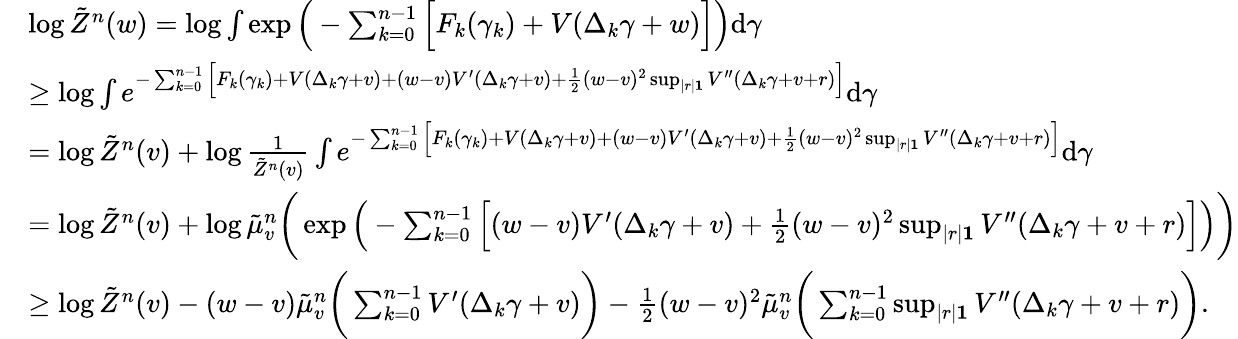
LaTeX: \begin{array}{rl}&{\log\tilde{Z}^{n}(w)=\log\int\exp\Big(-\sum_{k=0}^{n-1}\Big[F_{k}(\gamma_{k})+V(\Delta_{k}\gamma+w)\Big]\Big)\mathrm{d}{\gamma}}\\ &{\ge\log\int e^{-\sum_{k=0}^{n-1}\Big[F_{k}(\gamma_{k})+V(\Delta_{k}\gamma+v)+(w-v)V^{\prime}(\Delta_{k}\gamma+v)+\frac{1}{2}(w-v)^{2}\operatorname*{sup}_{|r|\le 1}V^{\prime\prime}(\Delta_{k}\gamma+v+r)\Big]}\mathrm{d}{\gamma}}\\ &{=\log\tilde{Z}^{n}(v)+\log\frac{1}{\tilde{Z}^{n}(v)}\int e^{-\sum_{k=0}^{n-1}\Big[F_{k}(\gamma_{k})+V(\Delta_{k}\gamma+v)+(w-v)V^{\prime}(\Delta_{k}\gamma+v)+\frac{1}{2}(w-v)^{2}\operatorname*{sup}_{|r|\le 1}V^{\prime\prime}(\Delta_{k}\gamma+v+r)\Big]}\mathrm{d}{\gamma}}\\ &{=\log\tilde{Z}^{n}(v)+\log\tilde{\mu}_{v}^{n}\bigg(\exp\Big(-\sum_{k=0}^{n-1}\Big[(w-v)V^{\prime}(\Delta_{k}\gamma+v)+\frac{1}{2}(w-v)^{2}\operatorname*{sup}_{|r|\le 1}V^{\prime\prime}(\Delta_{k}\gamma+v+r)\Big]\Big)\bigg)}\\ &{\ge\log\tilde{Z}^{n}(v)-(w-v)\tilde{\mu}_{v}^{n}\bigg(\sum_{k=0}^{n-1}V^{\prime}(\Delta_{k}\gamma+v)\bigg)-\frac{1}{2}(w-v)^{2}\tilde{\mu}_{v}^{n}\bigg(\sum_{k=0}^{n-1}\operatorname*{sup}_{|r|\le 1}V^{\prime\prime}(\Delta_{k}\gamma+v+r)\bigg).}\end{array}